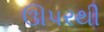
ઊપરથી